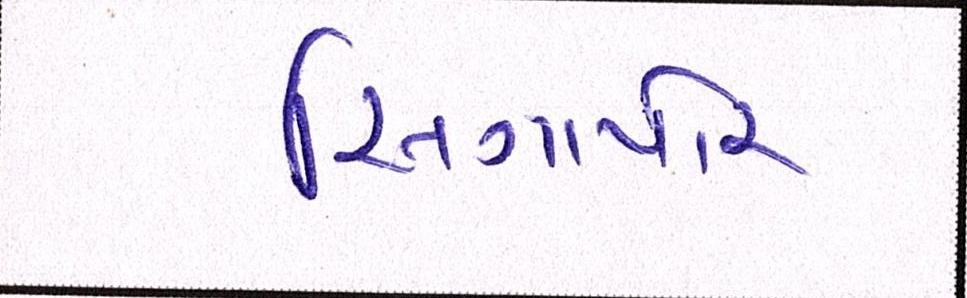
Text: સિંગાપોર